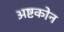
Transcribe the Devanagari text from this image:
अष्टकोन